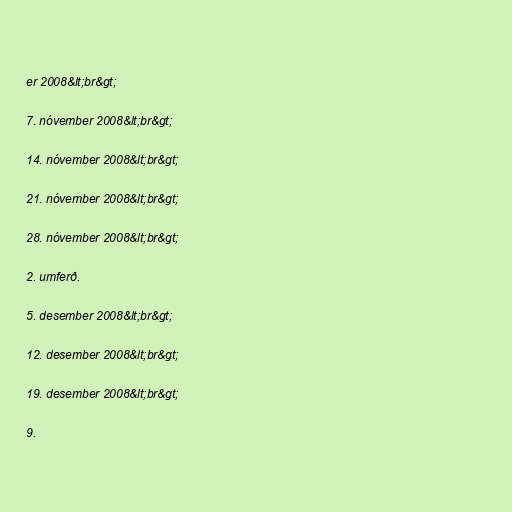
er 2008&lt;br&gt;

7. nóvember 2008&lt;br&gt;

14. nóvember 2008&lt;br&gt;

21. nóvember 2008&lt;br&gt;

28. nóvember 2008&lt;br&gt;

2. umferð.

5. desember 2008&lt;br&gt;

12. desember 2008&lt;br&gt;

19. desember 2008&lt;br&gt;

9.